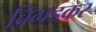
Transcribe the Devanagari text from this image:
बिगडकर